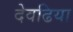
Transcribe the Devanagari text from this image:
देवढिया